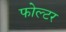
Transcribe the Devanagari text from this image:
फोल्टर